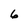
Character: 6